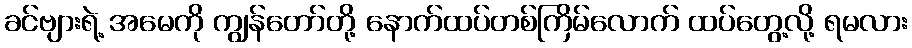
ခင်ဗျားရဲ့ အမေကို ကျွန်တော်တို့ နောက်ထပ်တစ်ကြိမ်လောက် ထပ်တွေ့လို့ ရမလား